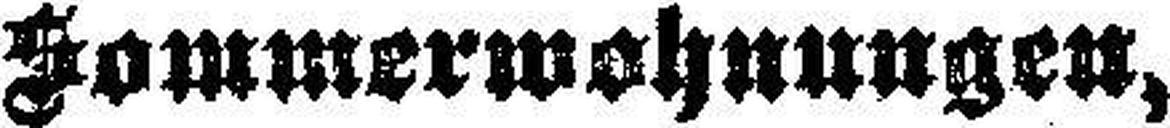
Sommerwohnungen,